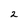
Character: 2